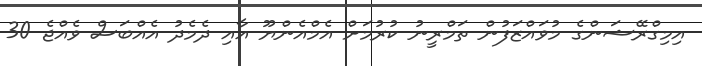
އިމިގްރޭޝަންގެ މުވައްޒަފުން ތަމްރީނު ކުރުމަށް އެމްއެންޔޫ އާއި ދެމެދު އެއްބަސް ވެއްޖެ 30